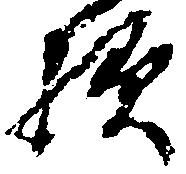
様